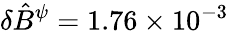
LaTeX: \delta\hat{B}^{\psi}=1.76\times 10^{-3}